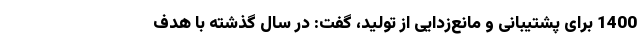
1400 برای پشتیبانی و مانع‌زدایی از تولید، گفت: در سال گذشته با هدف